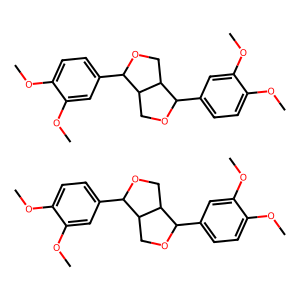
SMILES: COc1ccc(C2OCC3C(c4ccc(OC)c(OC)c4)OCC23)cc1OC.COc1ccc(C2OCC3C(c4ccc(OC)c(OC)c4)OCC23)cc1OC
Inhibits HIV replication: No